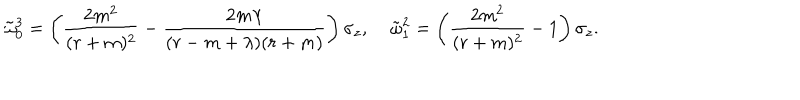
\tilde { \omega } _ { 0 } ^ { 3 } = \left( { \frac { 2 m ^ { 2 } } { ( r + m ) ^ { 2 } } } - { \frac { 2 m \lambda } { ( r - m + \lambda ) ( r + m ) } } \right) \sigma _ { z } , \: \: \: \: \: \tilde { \omega } _ { 1 } ^ { 2 } = \left( { \frac { 2 m ^ { 2 } } { ( r + m ) ^ { 2 } } } - 1 \right) \sigma _ { z } .